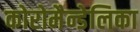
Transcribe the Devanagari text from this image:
कोरोमैन्डेलिका